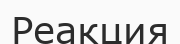
Реакция